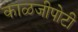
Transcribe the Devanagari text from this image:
काळजीपोटी